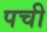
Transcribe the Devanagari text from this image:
पची